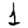
Digit: 1